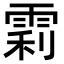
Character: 𬯼